Annual administration and progress report of the Indian Medical Department, Bombay
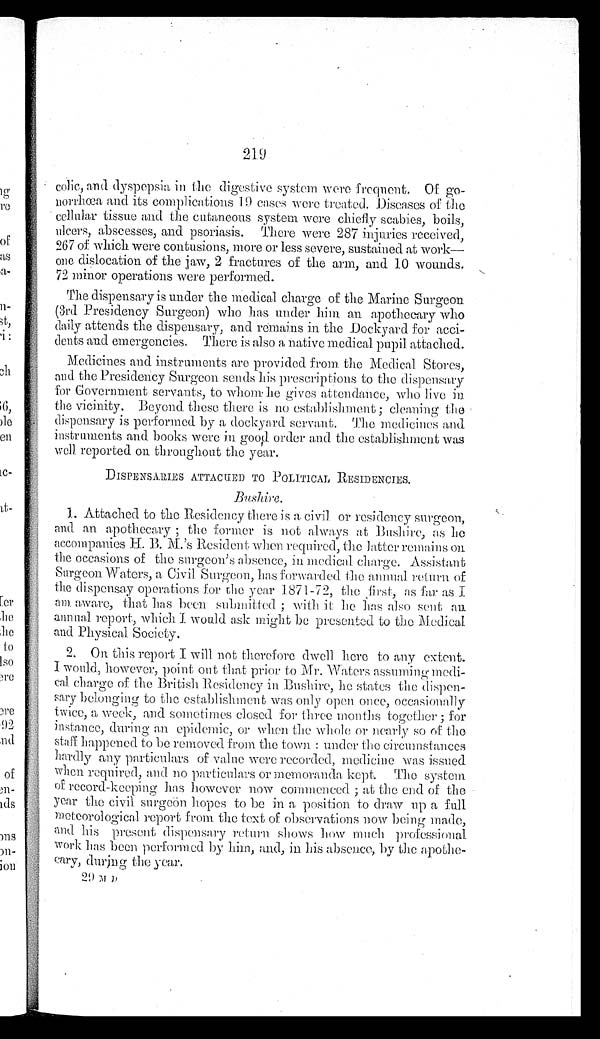
colic, and dyspepsia in the digestive system were frequent. Of go
- n o r r h œ a a n d i t s c o m p l i c a t i o n s 1 9 c a s e s w e r e t r e a t e d . D i s e a s e s o f t h e
cellular tissue and the cutaneous system were chiefly scabies, boils,
u l c e r s , a b s c e s s e s , a n d p s o r i a s i s . T h e r e w e r e 2 8 7 i n j u r i e s r e c e i v e d ,
267 of which were contusions, more or less severe, sustained at work
— o n e d i s l o c a t i o n o f t h e j a w , 2 f r a c t u r e s o f t h e a r m , a n d 1 0 w o u n d s .
72 minor operations were performed.
The dispensary is under the medical charge of the Marine Surgeon
(3rd Presidency Surgeon) who has under him an apothecary who
daily attends the dispensary, and remains in the Dockyard for acci
- d e n t s a n d e m e r g e n c i e s . T h e r e i s a l s o a n a t i v e m e d i c a l p u p i l a t t a c h e d .
Medicines and instruments are provided from the Medical Stores,
and the Presidency Surgeon sends his prescriptions to the dispensary
for Government servants, to whom he gives attendance, who live in
t h e v i c i n i t y . B e y o n d t h e s e t h e r e i s n o e s t a b l i s h m e n t ; c l e a n i n g t h e
dispensary is performed by a dockyard servant. The medicines and
instruments and books were in good order and the establishment was
well reported on throughout the year.
DISPENSARIES ATTACHED TO POLITICAL RESIDENCIES.
Bushire.
1 . A t t a c h e d t o t h e R e s i d e n c y t h e r e i s a c i v i l o r r e s i d e n c y s u r g e o n ,
a n d a n a p o t h e c a r y ; t h e f o r m e r i s n o t a l w a y s a t B u s h i r e , a s h e
accompanies H. B. M.'s Resident when required, the latter remains on
the occasions of the surgeon's absence, in medical charge. Assistant
Surgeon Waters, a Civil Surgeon, has forwarded the annual return of
the dispensay operations for the year 1 871-72, the first, as far as I
am aware, that has been submitted; with it he has also sent an
annual report, which I would ask might be presented to the Medical
and Physical Society.
2. On this report I will not therefore dwell here to any extent.
I would, however, point out that prior to Mr. Waters assuming medi
-cal charge of the British Residency in Bushire, he states the dispe
n - s a r y b e l o n g i n g t o t h e e s t a b l i s h m e n t , w a s o n l y o p e n o n c e , o c c a s i o n a l l y
twice, a week, and sometimes closed for three months together; for
instance, during an epidemic, or when the whole or nearly so of the
s t a f f h a p p e n e d t o b e r e m o v e d f r o m t h e t o w n : u n d e r t h e c i r c u m s t a n c e s
hardly any particulars of value were recorded, medicine was issued
when required, and no particulars or memoranda kept. The system
of record-keeping has however now commenced; at the end of the
year the civil surgeon hopes to be in a position to draw up a full
meteorological report from the text of observations now being made,
and his present, dispensary return shows how much professional
work has been performed by him, and, in his absence, by the apothe
- c a r y , d u r i n g t h e y e a r .